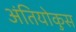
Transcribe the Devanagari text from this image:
अंतियोकुस